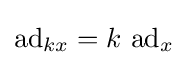
\operatorname {ad} _{kx}=k\,\operatorname {ad} _{x}